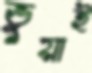
ভুয়াই